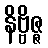
နိဗ္ဗိဇ္ဇ